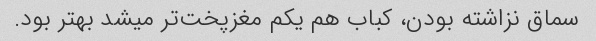
سماق نزاشته بودن، کباب هم یکم مغزپخت‌تر میشد بهتر بود.